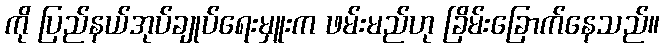
ကို ပြည်နယ်အုပ်ချုပ်ရေးမှူးက ဖမ်းမည်ဟု ခြိမ်းခြောက်နေသည်။